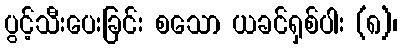
ပွင့်သီးပေးခြင်း စသော ယခင်ရှစ်ပါး (၈)၊